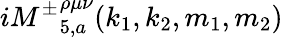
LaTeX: i{M^{\pm}}_{5,a}^{\rho\mu\nu}(k_{1},k_{2},m_{1},m_{2})